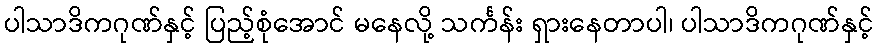
ပါသာဒိကဂုဏ်နှင့် ပြည့်စုံအောင် မနေလို့ သင်္ကန်း ရှားနေတာပါ၊ ပါသာဒိကဂုဏ်နှင့်